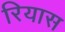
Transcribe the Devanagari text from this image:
रियास